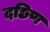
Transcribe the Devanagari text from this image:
दछिण